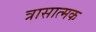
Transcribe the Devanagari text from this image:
त्रासात्मक